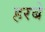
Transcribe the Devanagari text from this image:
हरबे